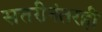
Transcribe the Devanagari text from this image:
सत्तरीनंतरही